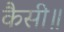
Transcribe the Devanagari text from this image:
कैसी॥